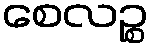
စေလဉ္စ